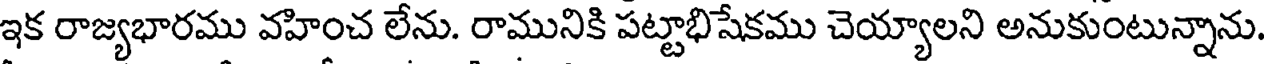
ఇక రాజ్యభారము వహించ లేను. రామునికి పట్టాభిషేకము చెయ్యాలని అనుకుంటున్నాను.